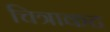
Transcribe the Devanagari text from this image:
चित्राकट